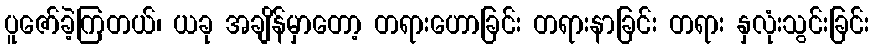
ပူဇော်ခဲ့ကြတယ်၊ ယခု အချိန်မှာတော့ တရားဟောခြင်း တရားနာခြင်း တရား နှလုံးသွင်းခြင်း